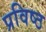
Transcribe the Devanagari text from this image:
प्रविष्‍ठ